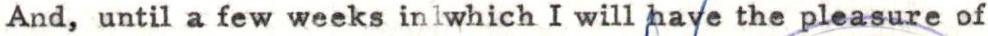
And, until a few weeks inlwhich I will haye the pleasure of